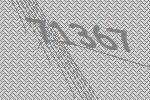
71367